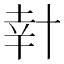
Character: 𠦧